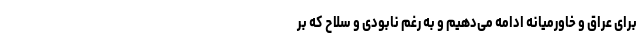
برای عراق و خاورمیانه ادامه می‌دهیم و به رغم نابودی و سلاح‌ که بر